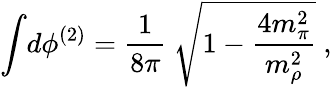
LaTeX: \int\! d\phi^{(2)}=\frac{1}{8\pi}\ \sqrt{1-\frac{4m_{\pi}^{2}}{m_{\rho}^{2}}}\ ,